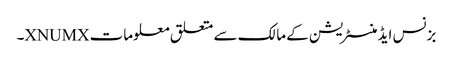
بزنس ایڈمنسٹریشن کے مالک سے متعلق معلومات XNUMX۔